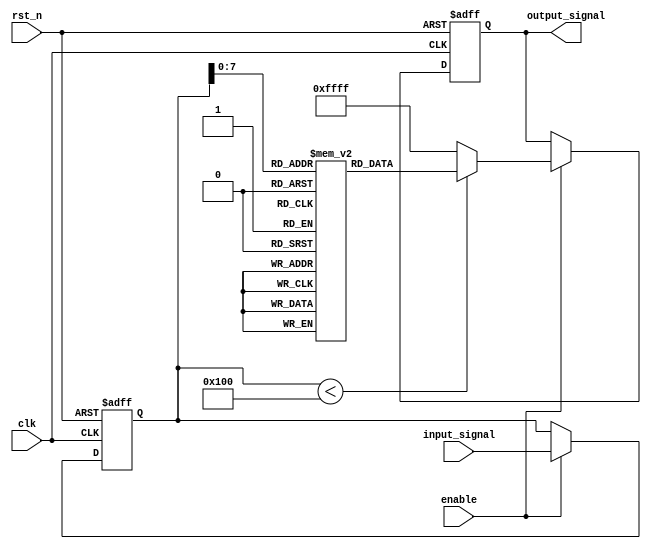
module LogarithmicFilter (
    input wire clk,               // Clock signal
    input wire rst_n,             // Active low reset
    input wire [15:0] input_signal, // 16-bit fixed-point input signal
    input wire enable,            // Enable signal for the filter
    output reg [15:0] output_signal // 16-bit fixed-point output signal
);

// Lookup table for logarithmic values (example values)
reg [15:0] log_lut [0:255]; // LUT for input values 0-255
initial begin
    // Populate the LUT with precomputed logarithmic values
    // Note: These values should be computed and filled in based on the logarithmic function
    // For example, log_lut[0] = 16'h0000; // log(1) = 0
    // log_lut[1] = 16'h0000; // log(1) = 0
    // log_lut[2] = 16'h0001; // log(2) = 1
    // ...
    // log_lut[255] = 16'h00FF; // log(256) = 8
end

// Internal registers
reg [15:0] input_reg; // Register to hold input signal

// State machine for control logic
always @(posedge clk or negedge rst_n) begin
    if (!rst_n) begin
        input_reg <= 16'b0;
        output_signal <= 16'b0;
    end else if (enable) begin
        // Capture the input signal
        input_reg <= input_signal;

        // Logarithmic transformation using LUT
        if (input_reg < 256) begin
            output_signal <= log_lut[input_reg]; // Direct LUT access
        end else begin
            output_signal <= 16'hFFFF; // Handle out of range (e.g., return max value)
        end
    end
end

endmodule